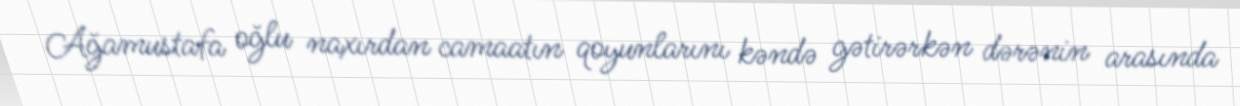
Ağamustafa oğlu naxırdan camaatın qoyunlarını kəndə gətirərkən dərənin arasında